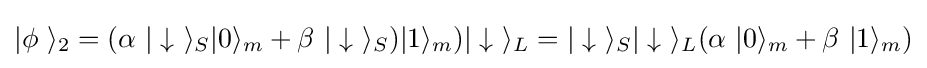
|\phi \ \rangle _{2}=(\alpha \ |\downarrow \ \rangle _{S}|0\rangle _{m}+\beta \ |\downarrow \ \rangle _{S})|1\rangle _{m})|\downarrow \ \rangle _{L}=|\downarrow \ \rangle _{S}|\downarrow \ \rangle _{L}(\alpha \ |0\rangle _{m}+\beta \ |1\rangle _{m})